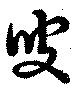
叟